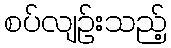
စပ်လျဉ်းသည့်